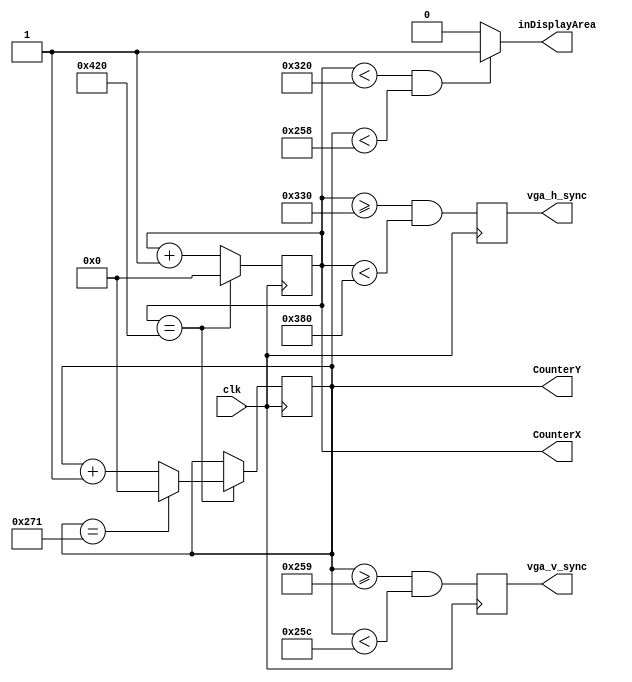
module hvsync_generator(clk, vga_h_sync, vga_v_sync, inDisplayArea, CounterX, CounterY);
input clk;
output vga_h_sync, vga_v_sync;
output inDisplayArea;
output [10:0] CounterX;
output [10:0] CounterY;

//// VGA mode 800x600x75Hz /////
//// pixel freq: 49.5MHz (should be input clk)
//// visible pixels: 800
//// visible lines: 600
//// vertical refresh freq: 46.875 kHz
//// horizontal refresh freq: 75Hz (~72Hz for wxeda 48.0Mhz clock)
//// polarization: horizontal - P, vertical - P

integer width = 11'd800; // screen width (visible)
integer height = 11'd600; // screen heigh (visible)
integer count_dots = 11'd1056; // count of dots in line
integer count_lines = 11'd625; // count of lines

integer h_front_porch = 11'd16; // count of dots before sync pulse
integer h_sync_pulse = 11'd80; // duration of sync pulse
integer h_back_porch = 11'd160; // count of dots after sync pulse

integer v_front_porch = 11'd1; // count of lines before sync pulse
integer v_sync_pulse = 11'd3; // duration of sync pulse
integer v_back_porch = 11'd21; // count of lines after sync pulse

//////////////////////////////////////////////////

reg [10:0] CounterX;
reg [10:0] CounterY;
wire CounterXmaxed = (CounterX==count_dots);
wire CounterYmaxed = (CounterY==count_lines);

always @(posedge clk)
	if(CounterXmaxed)
		CounterX <= 0;
	else
		CounterX <= CounterX + 1;

always @(posedge clk)
	if(CounterXmaxed) 
	begin
		if (CounterYmaxed)
			CounterY <= 0;
		else
			CounterY <= CounterY + 1;
	end

reg	vga_HS, vga_VS;

always @(posedge clk)
begin
	vga_HS <= (CounterX >= (width+h_front_porch) && CounterX < (width+h_front_porch+h_sync_pulse)); 
	vga_VS <= (CounterY >= (height+v_front_porch) && CounterY < (height+v_front_porch+v_sync_pulse)); 
end

assign inDisplayArea = (CounterX < width && CounterY < height) ? 1'b1: 1'b0;	
assign vga_h_sync = vga_HS; // positive polarization
assign vga_v_sync = vga_VS; // positive polarization

endmodule